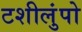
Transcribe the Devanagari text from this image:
टशीलुंपो